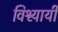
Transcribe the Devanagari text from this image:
विश्व्यायी